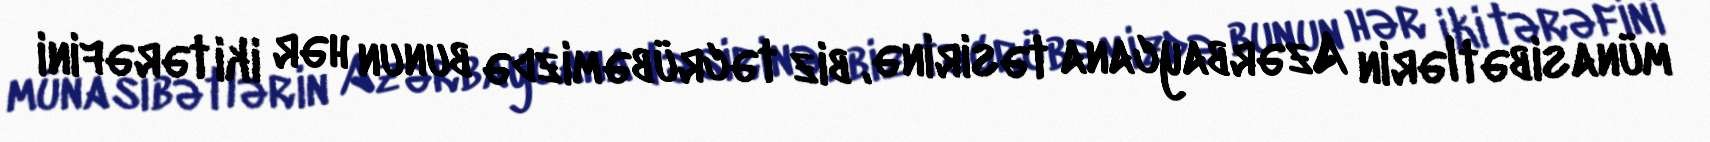
münasibətlərin Azərbaycana təsirinə, biz təcrübəmizdə bunun hər iki tərəfini